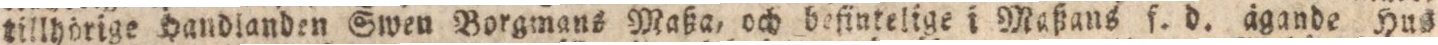
tillhörige Handlanden Swen Borgmans Maßa, och befintelige i Maßans f. d. ägande Hus